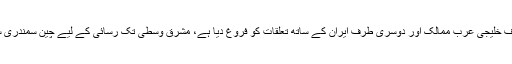
چین نے حالیہ عرصے کے دوران ایک طرف خلیجی عرب ممالک اور دوسری طرف ایران کے ساتھ تعلقات کو فروغ دیا ہے، مشرق وسطیٰ تک رسائی کے لیے چین سمندری سلک روڈ کے منصوبے پر غور کررہا ہے۔